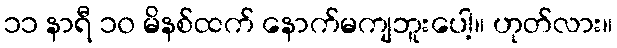
၁၁ နာရီ ၁၀ မိနစ်ထက် နောက်မကျဘူးပေါ့။ ဟုတ်လား။